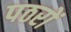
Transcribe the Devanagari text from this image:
पठरों